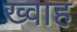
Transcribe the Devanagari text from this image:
ख्वाह